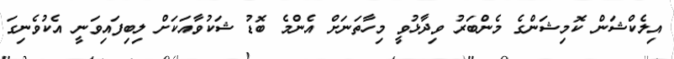
އިލެކްޝަން ކޮމިޝަންގެ މެންބަރު ވިދާޅުވީ މިހާތަނަށް އެންމެ ބޮޑު ޝަކުވާއަކަށް ލިބިފައިވަނީ އެކުވެނިގަ